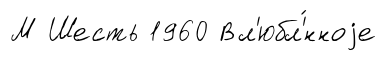
М Шесть 1960 Вл'юбл'́нноjе